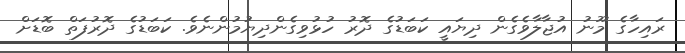
ރައިހާގެ މޫނު އުޖާލާވެގެން ދިޔައީ ކަބަޑުގެ ދޮރު ހުޅުވިގެންދިޔުމުންނެވެ. ކަބަޑުގެ ދޮރުފަތް ބޮޑަށް